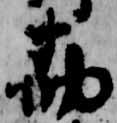
勘